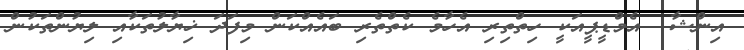
އިންޝާ  އެމްޑީޕީއަކީ ހިތްތިރި އެހާމެ ކެތްތެރި ބައެއްކަން މިފަދަ ޚިޔާލުތަކާއި ލިޔުންތަކުން